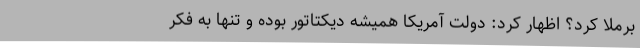
برملا کرد؟ اظهار کرد: دولت آمریکا همیشه دیکتاتور بوده و تنها به فکر